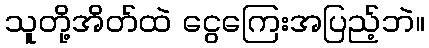
သူတို့အိတ်ထဲ ငွေကြေးအပြည့်ဘဲ။